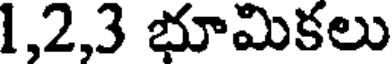
1,2,3 భూమికలు